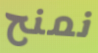
نمنح